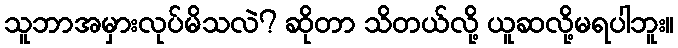
သူဘာအမှားလုပ်မိသလဲ? ဆိုတာ သိတယ်လို့ ယူဆလို့မရပါဘူး။